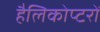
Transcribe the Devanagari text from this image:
हैलिकोप्‍टरों